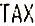
TAX